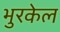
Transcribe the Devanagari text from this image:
भुरकेल